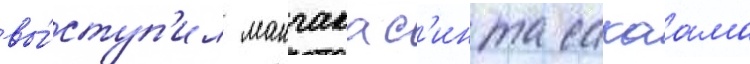
вы́ступ'ил мангака с'инта сакаама